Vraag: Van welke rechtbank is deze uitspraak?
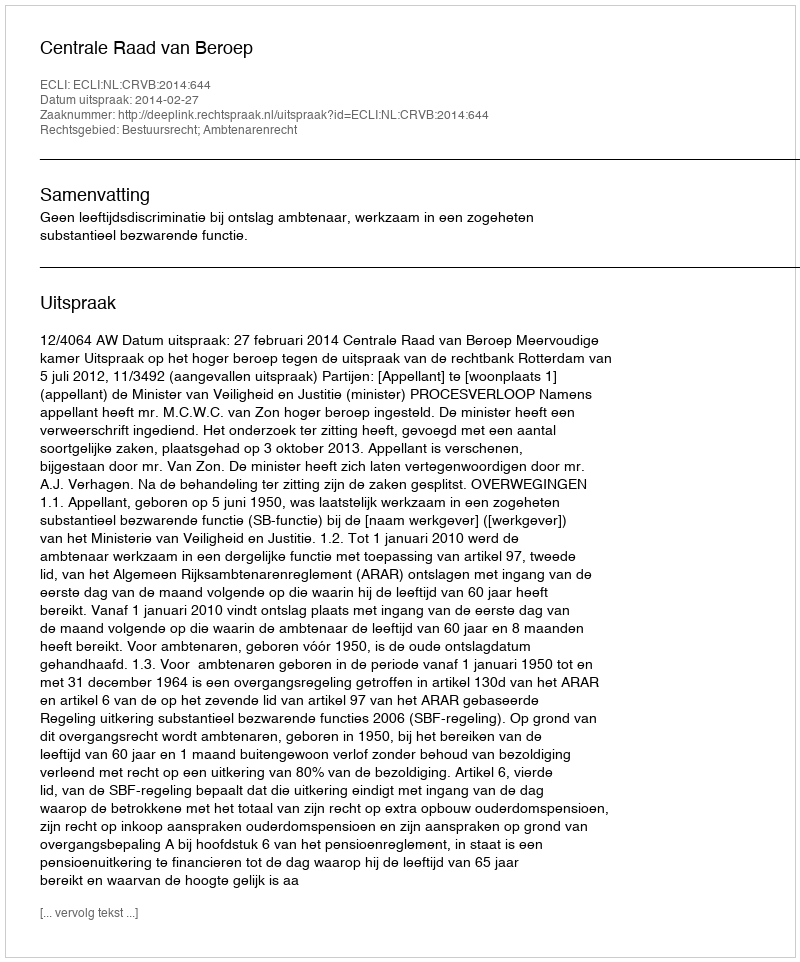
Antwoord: Centrale Raad van Beroep